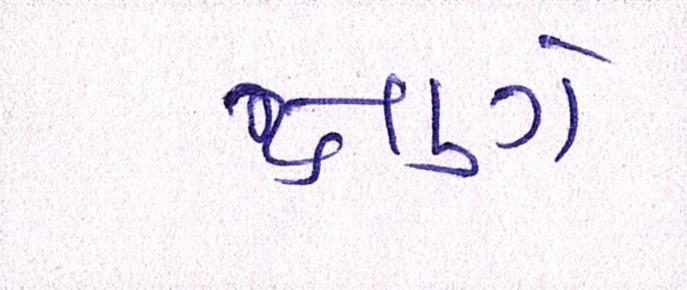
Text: ક્ષણે